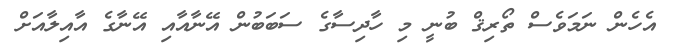
އެހެން ނަމަވެސް ތޯރިޤް ބުނީ މި ހާދިސާގެ ސަބަބުން އޭނާއާއި އޭނާގެ އާއިލާއަށް